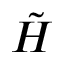
\tilde { H }